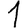
Digit: 1